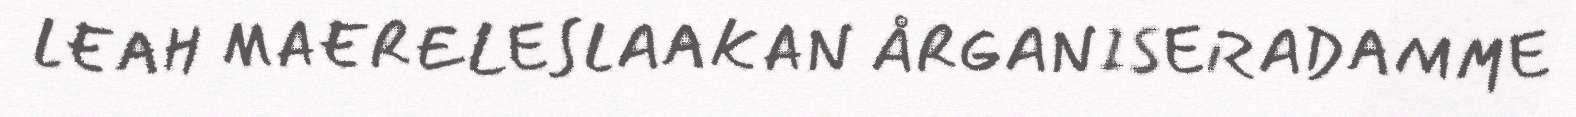
LEAH MAERELESLAAKAN ÅRGANISERADAMME